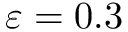
\varepsilon = 0 . 3